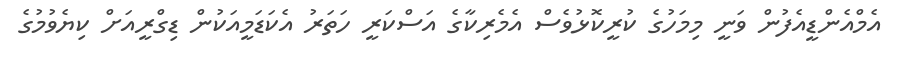
އެމްއެންޑީއެފުން ވަނީ މިމަހުގެ ކުރީކޮޅުވެސް އެމެރިކާގެ އަސްކަރީ ހަތަރު އެކަޑަމީއަކުން ޑިގްރީއަށް ކިޔެވުމުގެ